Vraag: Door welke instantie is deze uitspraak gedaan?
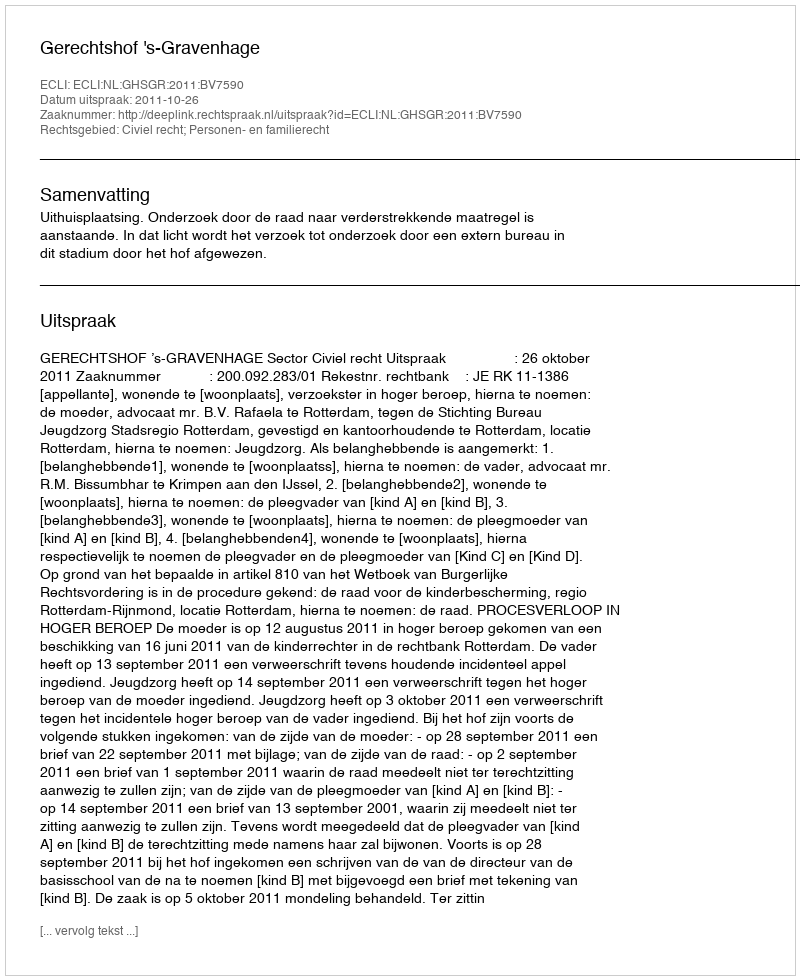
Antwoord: Gerechtshof 's-Gravenhage